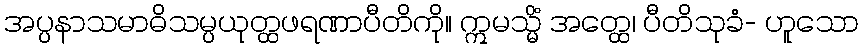
အပ္ပနာသမာဓိသမ္ပယုတ္ထဖရဏာပီတိကို။ ဣမသ္မိံ အတ္ထေ၊ ပီတိသုခံ- ဟူသော